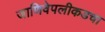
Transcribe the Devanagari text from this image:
जाणिवेपलीकडचा